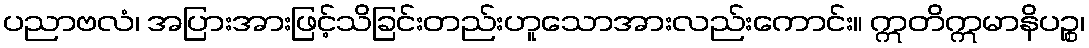
ပညာဗလံ၊ အပြားအားဖြင့်သိခြင်းတည်းဟူသောအားလည်းကောင်း။ ဣတိဣမာနိပဉ္စ၊